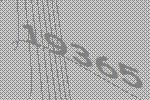
19365